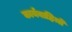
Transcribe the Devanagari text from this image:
कार्यवाहिय़ों